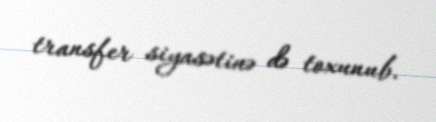
transfer siyasətinə də toxunub.